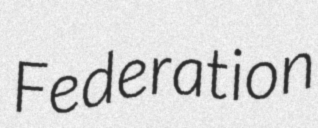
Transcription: Federation